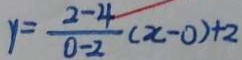
y = \frac { 2 - 4 } { 0 - 2 } ( x - 0 ) + 2